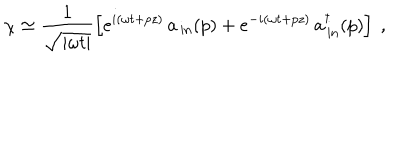
LaTeX: \chi \simeq \frac { 1 } { \sqrt { | \omega t | } } \left[ e ^ { i ( \omega t + p z ) } \, a _ { \, \mathrm { i n } } ( p ) + e ^ { - i ( \omega t + p z ) } \, a _ { \, \mathrm { i n } } ^ { \dagger } ( p ) \right] \ ,